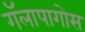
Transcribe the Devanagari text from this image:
गॅलापागोस